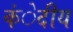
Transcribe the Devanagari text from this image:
कंेदीय